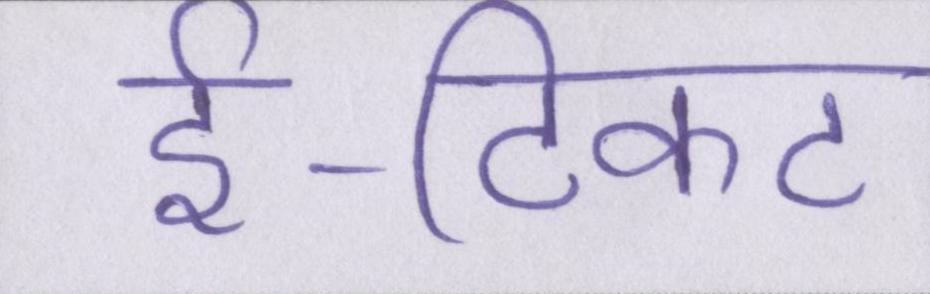
ई-टिकट